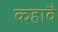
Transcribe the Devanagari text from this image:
कहावै